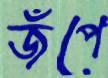
জঁপে